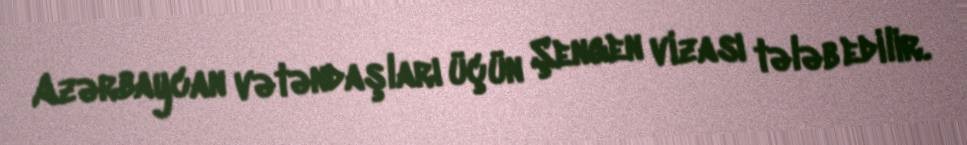
Azərbaycan vətəndaşları üçün Şengen vizası tələb edilir.